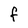
Character: f